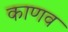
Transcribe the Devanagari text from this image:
काणव